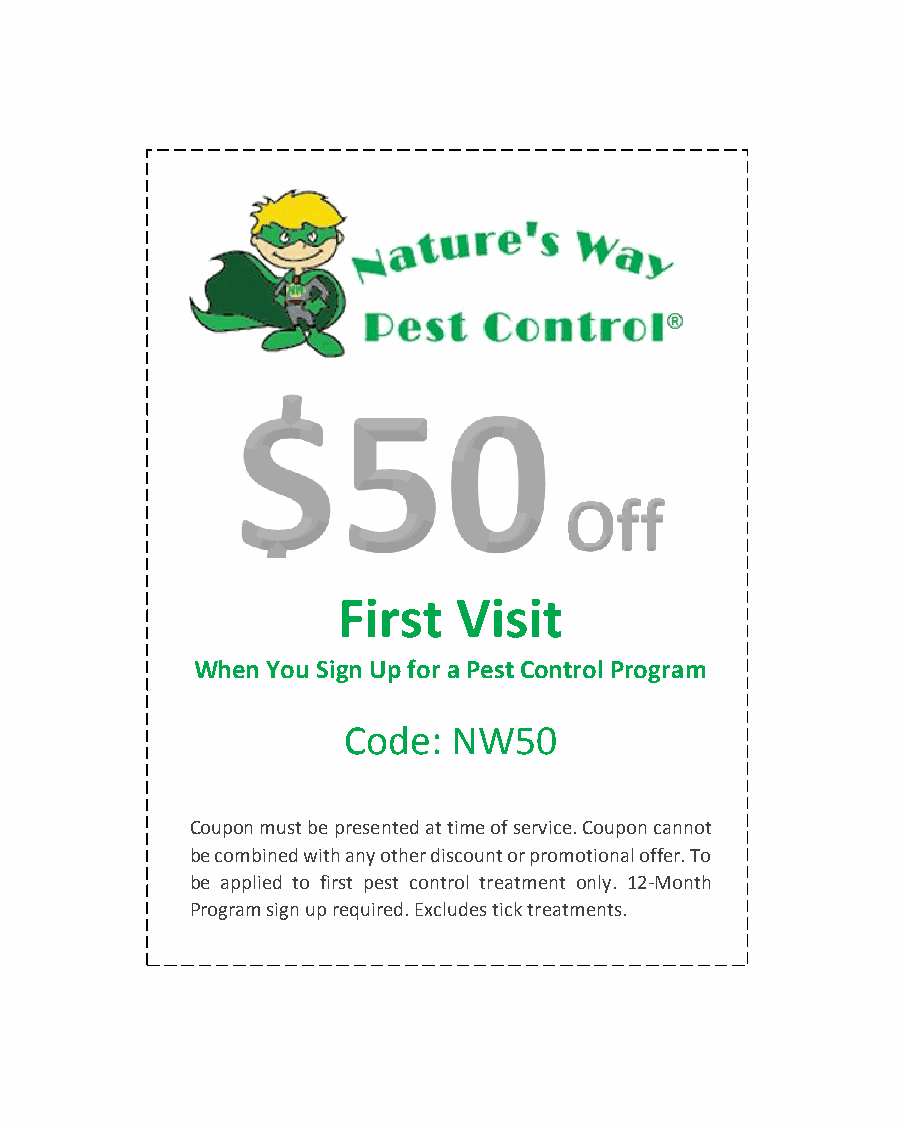
First   Visit
 When You Sign Up for a Pest Control Program
 Code:  NW50
 Coupon must be presented at time of service. Coupon cannot
 be combined with any other discount or promotional offer. To
 be applied to first pest control treatment only. 12-Month
 Program sign up required. Excludes tick treatments.